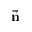
\vec { \bf n }